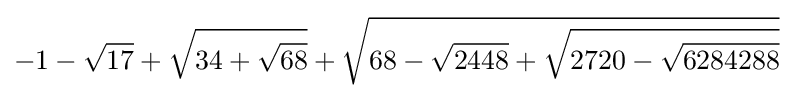
-1-{\sqrt {17}}+{\sqrt {34+{\sqrt {68}}}}+{\sqrt {68-{\sqrt {2448}}+{\sqrt {2720-{\sqrt {6284288}}}}}}